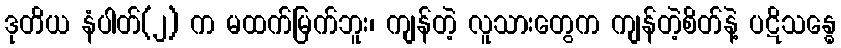
ဒုတိယ နံပါတ်(၂) က မထက်မြက်ဘူး၊ ကျန်တဲ့ လူသားတွေက ကျန်တဲ့စိတ်နဲ့ ပဋိသန္ဓေ